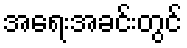
အရေးအခင်းတွင်